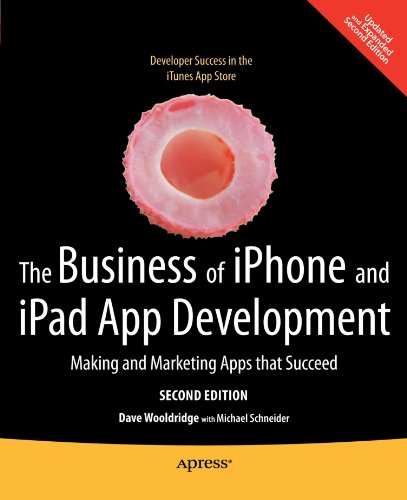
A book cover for The Business of iPhone and iPad App Development: Making and Marketing Apps that Succeed; Dave Wooldridge; Computers & Technology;